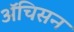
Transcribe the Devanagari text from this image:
ॲचिसन